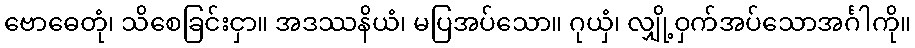
ဗောဓေတုံ၊ သိစေခြင်းငှာ။ အဒဿနိယံ၊ မပြအပ်သော။ ဂုယှံ၊ လျှို့ဝှက်အပ်သောအင်္ဂါကို။